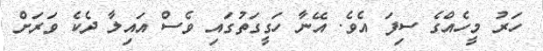
ހަރު މީހެއްގެ ސިފަ އެވެ. އޭނާ ހަގީގަތުގައި ވެސް އައިލާ ދެކެ ވަރަށް